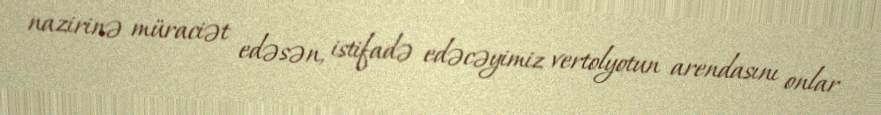
nazirinə müraciət edəsən, istifadə edəcəyimiz vertolyotun arendasını onlar